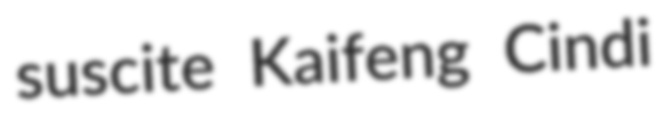
suscite Kaifeng Cindi